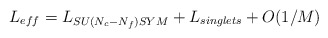
\begin{align*}L_{eff}=L_{SU(N_{c}-N_{f})SYM}+L_{singlets}+O(1/M)\end{align*}